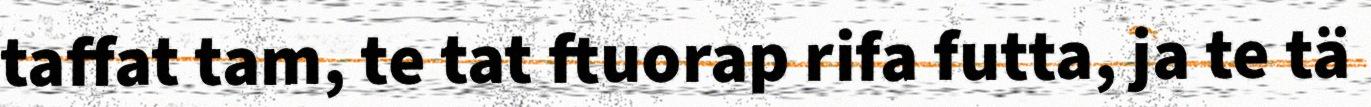
taffat tam, te tat ftuorap rifa futta, ja te tä